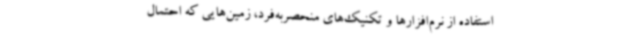
استفاده از نرم‌افزارها و تکنیک‌های منحصربه‌فرد، زمین‌هایی که احتمال